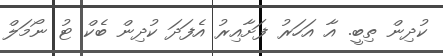
ކުދިން ތިބީ. އާ އަހަރު ފަށާއިރު އެފަދަ ކުދިން ބެކް ޓު ނޯމަލް